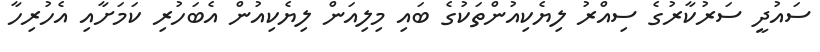
ސައުދީ ސަރުކާރުގެ ސިއްރު ލިޔެކިއުންތަކުގެ ބައި މިލިއަން ލިޔެކިއުން އެބަހުރި ކަމަށާއި އެހުރިހާ